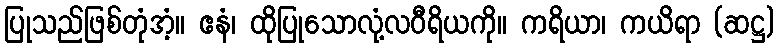
ပြုသည်ဖြစ်တုံအံ့။ ဧနံ၊ ထိုပြုသောလုံ့လဝီရိယကို။ ကရိယာ၊ ကယိရာ (ဆဋ္ဌ)